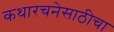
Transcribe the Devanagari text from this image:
कथारचनेसाठीचा